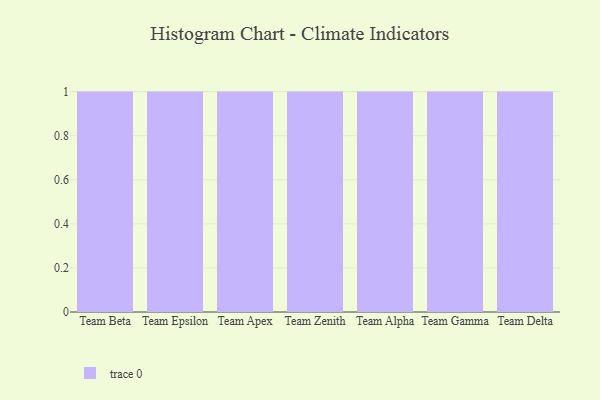
{"axis": {"x": "Team", "y": "Energy Usage (MWh)"}, "legend": [""], "data": [{"x": "Team Beta", "y": 49, "type": ""}, {"x": "Team Epsilon", "y": 61, "type": ""}, {"x": "Team Apex", "y": 59, "type": ""}, {"x": "Team Zenith", "y": 14, "type": ""}, {"x": "Team Alpha", "y": 58, "type": ""}, {"x": "Team Gamma", "y": 99, "type": ""}, {"x": "Team Delta", "y": 81, "type": ""}]}